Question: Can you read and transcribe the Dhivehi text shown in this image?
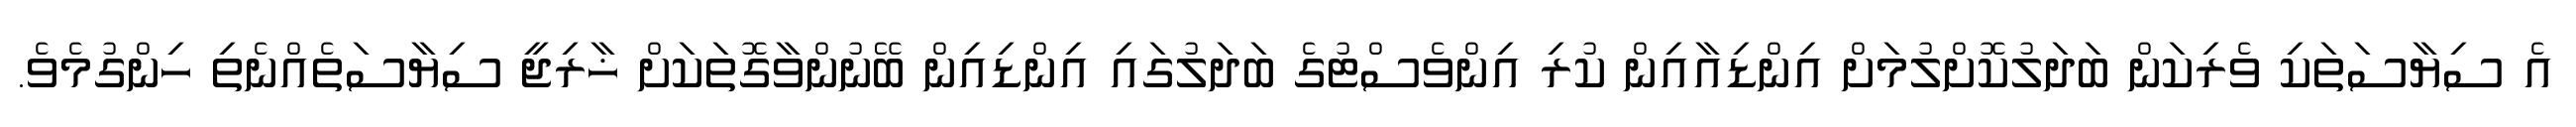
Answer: އެ ސިޔާސަތަކި ވެރިކަން ބަދަލުކޮށްލުމަށް އިންޑިއާއިން ކުރި އިންވެސްޓުގެ ބަދަލުގައި އިންޑިއިން ބޭނުންވާގޮތަކަށް ޚާރިޖީ ސިޔާސަތެއްނެތި ހިންގުމެވެ.